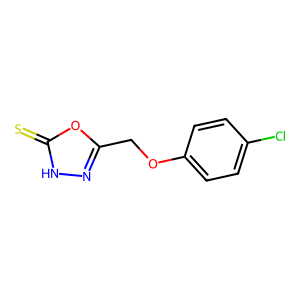
SMILES: S=c1[nH]nc(COc2ccc(Cl)cc2)o1
Inhibits HIV replication: No